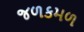
જળકમળ